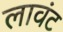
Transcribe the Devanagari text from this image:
लावंट